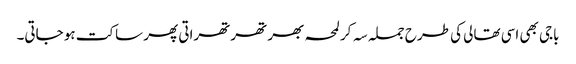
باجی بھی اسی تھالی کی طرح جملہ سہ کر لمحہ بھر تھرتھراتی پھر ساکت ہو جاتی۔